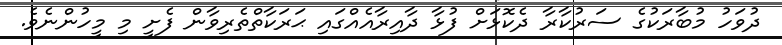
ދުވަހު މުބާރަކުގެ ސަރުކާރާ ދެކޮޅަށް ފުޅާ ދާއިރާއެއްގައި ޙަރަކާތްތެރިވާން ފެށީ މި މީހުންނެވެ.